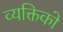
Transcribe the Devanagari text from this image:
व्यक्तिको